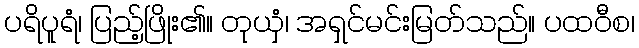
ပရိပူရံ၊ ပြည့်ဖြိုး၏။ တုယှံ၊ အရှင်မင်းမြတ်သည်။ ပထဝီစ၊